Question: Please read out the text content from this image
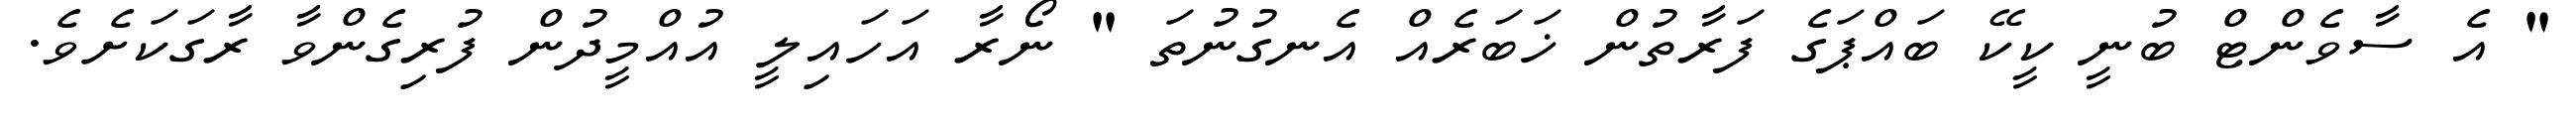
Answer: " އެ ސާވެންޓް ބުނީ ކީކޭ ބައްޕަގެ ފަރާތުން ޚަބަރެއް އެނގުނުތަ " ނޯރާ އަހައިލީ އުއްމީދުން ފުރިގެންވާ ރާގަކަށެވެ.